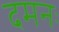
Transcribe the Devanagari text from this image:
दमनः